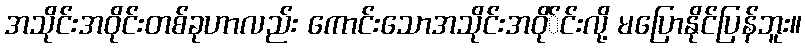
အသိုင်းအဝိုင်းတစ်ခုဟာလည်း ကောင်းသောအသိုင်းအဝို်င်းလို့ မပြောနိုင်ပြန်ဘူး။